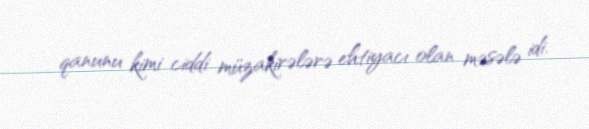
qanunu kimi ciddi müzakirələrə ehtiyacı olan məsələ idi.